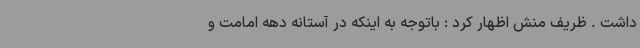
داشت . ظریف منش اظهار کرد : باتوجه به اینکه در آستانه دهه امامت و